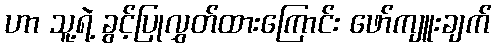
ဟာ သူ့ရဲ့ ခွင့်ပြုလွှတ်ထားကြောင်း ဖော်ကျူးချက်